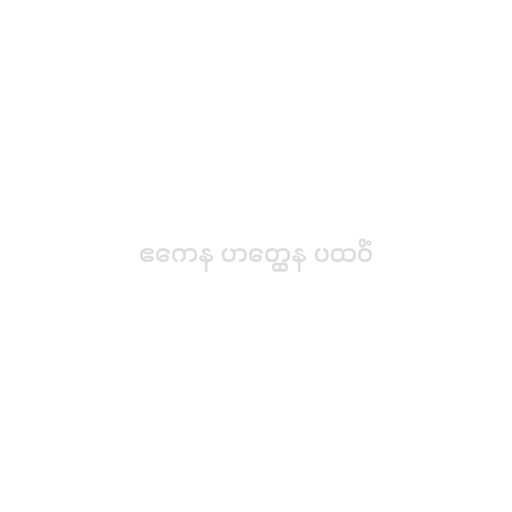
ဧကေန ဟတ္ထေန ပထဝိံ